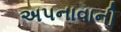
અપનાવાની